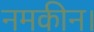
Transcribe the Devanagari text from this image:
नमकीन।